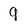
Character: 9